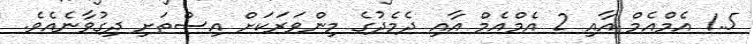
1.5 އެމްއެމް އާއި 2 އެމްއެމް އާއި ދެމެދުގެ މިންވަރަކަށް އިސްތަށި ދިގުވާނެއެވެ.